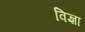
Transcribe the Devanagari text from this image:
विज्ञा